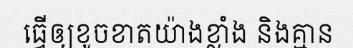
ធ្វើឲ្យខូចខាតយ៉ាងខ្លាំង និងគ្មាន